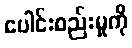
ပေါင်းစည်းမှုကို